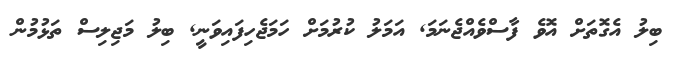
ބިލު އެގޮތަށް އޮވެ ފާސްވެއްޖެނަމަ